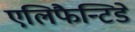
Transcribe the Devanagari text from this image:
एलिफैन्टिडे